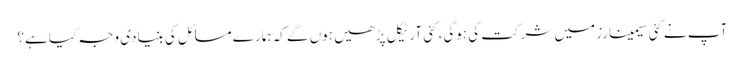
آپ نے کئی سیمینارز میں شرکت کی ہوگی، کئی آرٹیکل پڑھیں ہوں گے کہ ہمارے مسائل کی بنیادی وجہ کیا ہے؟